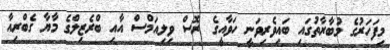
މިފަހަރުގެ މުބާރާތުގައި ބައިވެރިވަނީ ހަވާއީގެ ރޮސް ވިލިއަމްސް އާއި ބްރެޒިލްގެ މާޔާ ގެބްރިއާ